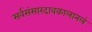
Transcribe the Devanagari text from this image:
सर्वसंसारदावकालानलं